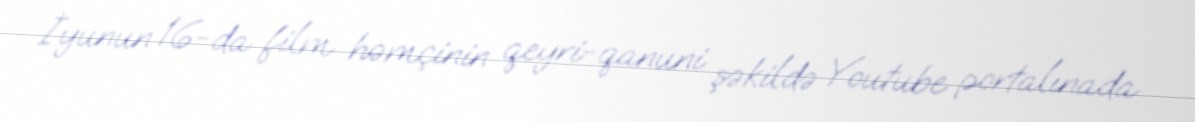
İyunun 16-da film həmçinin qeyri-qanuni şəkildə Youtube portalınada